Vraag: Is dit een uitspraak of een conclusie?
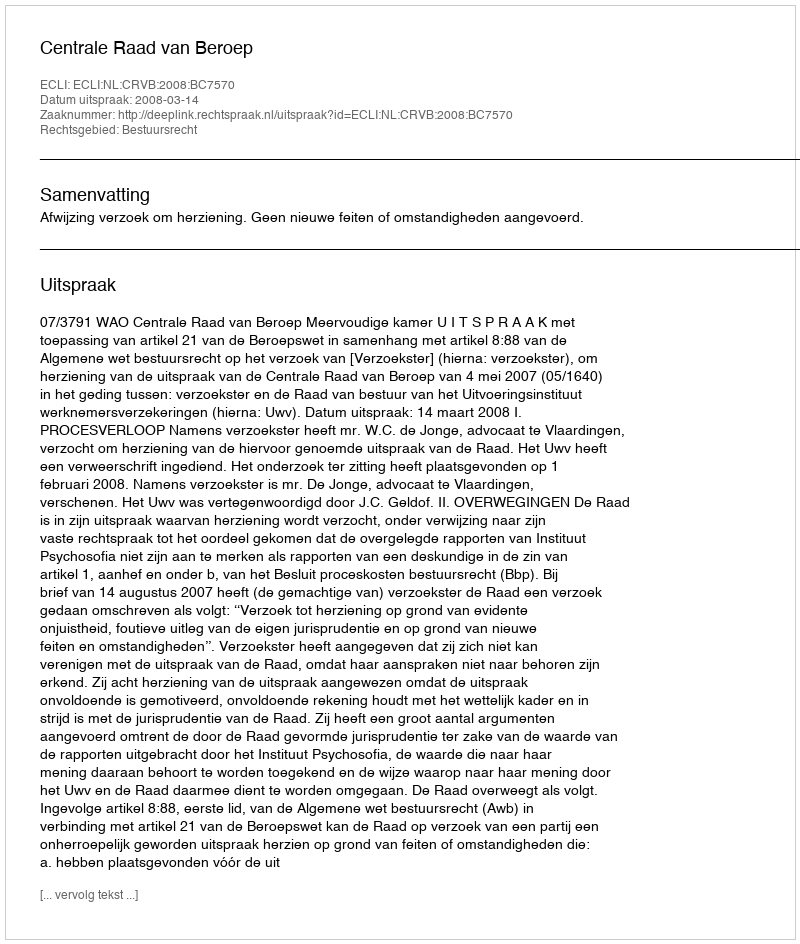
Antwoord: Uitspraak